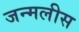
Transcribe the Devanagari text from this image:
जन्मलीस